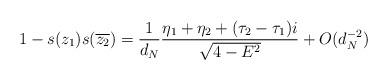
LaTeX: \begin{align*}1-s(z_{1})s(\overline{z_{2}}) = \frac{1}{d_{N}}\frac{\eta_1+\eta_2+(\tau_2-\tau_1)i}{\sqrt{4-E^{2}}}+O(d_{N}^{-2})\end{align*}